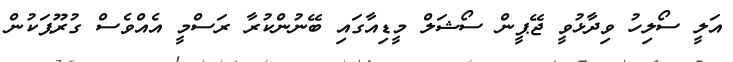
އަލީ ސޯލިހު ވިދާޅުވީ ޖޭޕީން ސޯޝަލް މީޑިއާގައި ބޭނުންކުރާ ރަސްމީ އެއްވެސް ގުރޫޕަކުން